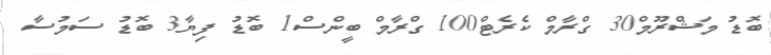
ބޮޑު މަޝްރޫމް30 ގްރާމް ކެރެޓް100 ގްރާމް ބީންސް1 ބޮޑު ފިޔާ3 ބޮޑު ސަމުސާ